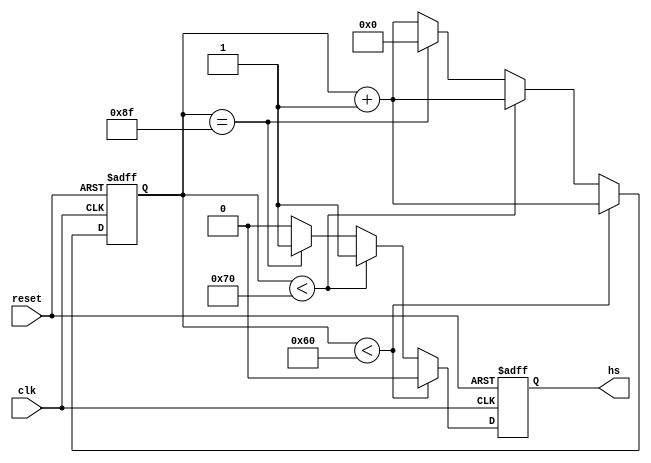
module horizontal_sync_generator(
    input wire clk,
    input wire reset,
    output reg hs
);

reg [10:0] count = 0;

always @(posedge clk or posedge reset) begin
    if (reset) begin
        count <= 0;
        hs <= 0;
    end else begin
        if (count < 96) begin
            count <= count + 1;
            hs <= 0;
        end else if (count < 112) begin
            count <= count + 1;
            hs <= 1;
        end else if (count == 143) begin
            count <= 0;
            hs <= 1;
        end else begin
            count <= count + 1;
            hs <= 0;
        end
    end
end

endmodule